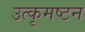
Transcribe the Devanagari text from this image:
उत्कृमष्टन